King Institute of Preventive Medicine Bacteriolog. Section reports 1907-08
Year: 1907
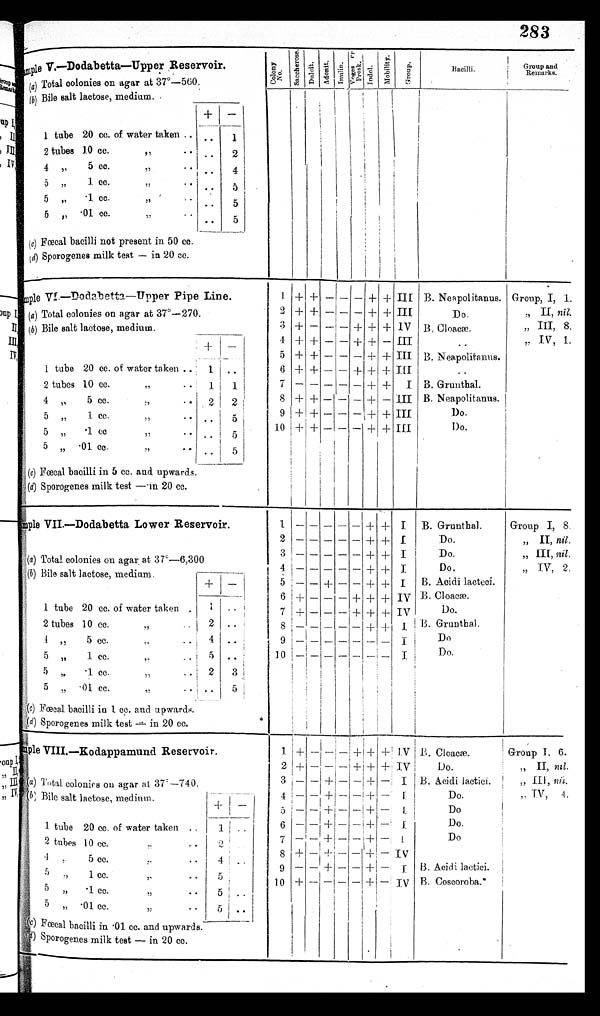
283
Sample V.—Dodabetta—Upper Reservoir.
Colony No.
S a c c h e r o s e .
D u l c i t . A d o n i t . I n u l i n .
V o g e s o r
P r o s k .
Indol.
M o b i l i t y .
G r o u p .
Bacilli.
Group and
Remarks.
(a ) Total colonies on agar at 37°—560.
(b) Bile salt lactose, medium.
+
—
1 tube 20 cc. of water taken .. . .
1
2 tubes 10 cc. "
..
2
4 „ 5 cc. ,,
..
4
5 „ 1 cc. "
..
5
5 „ .1 cc. ,,
..
5
5 ,, .01 cc. ”
..
5
(c ) Fœcal bacilli not present in 50 cc.
(d ) Sporogenes milk test — in 20 cc.
Sample VI.—Dodabetta.—Upper Pipe Line.
1 + + — — — + + III B. Neapolitanus. Group, I, 1.
(a ) Total colonies on agar at 37°—270.
2 + +
— — —
+ + III
Do.
„ II, nil.
(b ) Bile salt lactose, medium.
3 + — — — + + + IV B. Cloacæ.
„ III, 8.
+
—
4 + + — — + + — III
..
" IV, 1.
5 + + — — — + + III B. Neapolitanus.
1 tube 20 cc. of water taken ..
1 ..
6 + + — — + + + III
..
2 tubes 10 cc. "
1
1
7 —
—
—
—
— + +
I B. Grunthal.
4 „ 5 cc. "
2
2
8 + + — — — + — III B. Neapolitanus.
5 „ 1 cc. "
.. ..
5
9
+ +
— —
— + +
I I I
Do.
5 „ .1 cc. "
.. 5
10 + + — — — + + III
Do.
5 " .01 cc. "
..
5
(c) Fœcal bacilli in 5 cc. and upwards.
(d) Sporogenes milk test — in 20 cc.
S a m p l e V I I . — D o d a b e t t a L o w e r R e s e r v o i r .
1 — —
— —
— + + I
B. Grunthal.
Group I, 8.
2 — — — — — +
+ I
Do.
„ II, nil .
(a) Total colonies on agar at 37°—6,300
3
— — — — —
+ + I
Do.
" III, nil.
(b) Bile salt lactose, medium.
4
— — — — —
+ + I
Do.
„ IV, 2.
+
—
5
—
—
+
—
— + + I
B. Acidi lacteci.
6 +
— — —
+ + + IV B. Cloacæ.
1 tube 20 cc. of water taken
1 ..
7 + —
—
— + + + IV
Do.
2 tubes 10 cc.
,,
2 .._
8
— — — — —
+ + I
B. Grunthal.
1 „ 5 cc. ,,
.. i 4 ..
9
— — — — — — —
I
Do
5 " 1 cc. "
5 ..
10
— —
— — —
—
— I
Do.
5 „ .1 cc. ,,
2
3
5 „ .01 cc. "
-
.. 5
(c ) Fœcal bacilli in 1 cc. and upwards.
(d) Sporogenes milk test — in 20 cc.
Sample VIII.—Kodappamund Reservoir.
1 +
— — —
+ + +
IV B. Cloacæ.
Group I. 6.
2 +
— — —
+ + + IV
Do.
„ II, nil.
(a ) Total colonies on agar at 37°—740.
3
—
— +
— —
+
—
I B. Acidi lactici.
„ III, nil.
(b) Bile salt lactose, medium.
4
— —
+ —
—
+ — I
Do.
" IV, 4.
+ —
5 —
—
+
— —
+
—
I
Do
1 tube 20 cc. of water taken ..
1
..
6 — — + —
—
+
—
I
Do.
2 tubes 10 cc. "
2
7 —
—
+ —
—
+
—
I
Do
4 " 5 c c . "
4 ..
8 + — +
—
— + — IV
5 " 1 cc. "
5
9
—
— + — — + — I B. Acidi lactici.
5 " .1 cc. "
5 . .
10 + — — — — +
—
IV B. Coscoroba.*
5 " .01 cc. "
5 ..
( c) Fœcal bacilli in .01 cc. and upwards.
(d) Sporogenes milk test — in 20 cc.